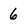
Character: 6